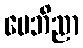
မေဘိညာ